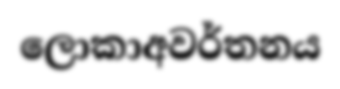
ලොකාඅවර්තනය